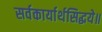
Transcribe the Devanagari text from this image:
सर्वकार्यार्थसिद्धये॥